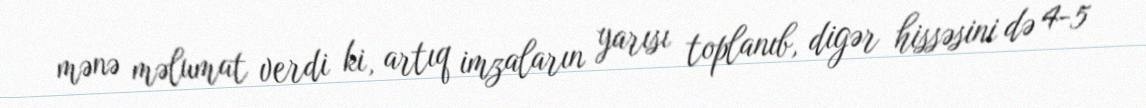
mənə məlumat verdi ki, artıq imzaların yarısı toplanıb, digər hissəsini də 4-5